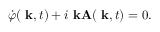
\dot { \varphi } ( \mathrm { \bf ~ k } , t ) + i \mathrm { \bf ~ k A } ( \mathrm { \bf ~ k } , t ) = 0 .